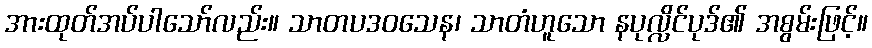
အားထုတ်အပ်ပါသော်လည်း။ သာတပဒဝသေန၊ သာတံဟူသော နပုလ္လိင်ပုဒ်၏ အစွမ်းဖြင့်။